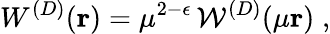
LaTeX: W^{({D})}({\mathbf r})=\mu^{2-\epsilon}\, {\mathcal W}^{({D})}(\mu{\mathbf r})\; ,